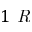
1 \textit { R }